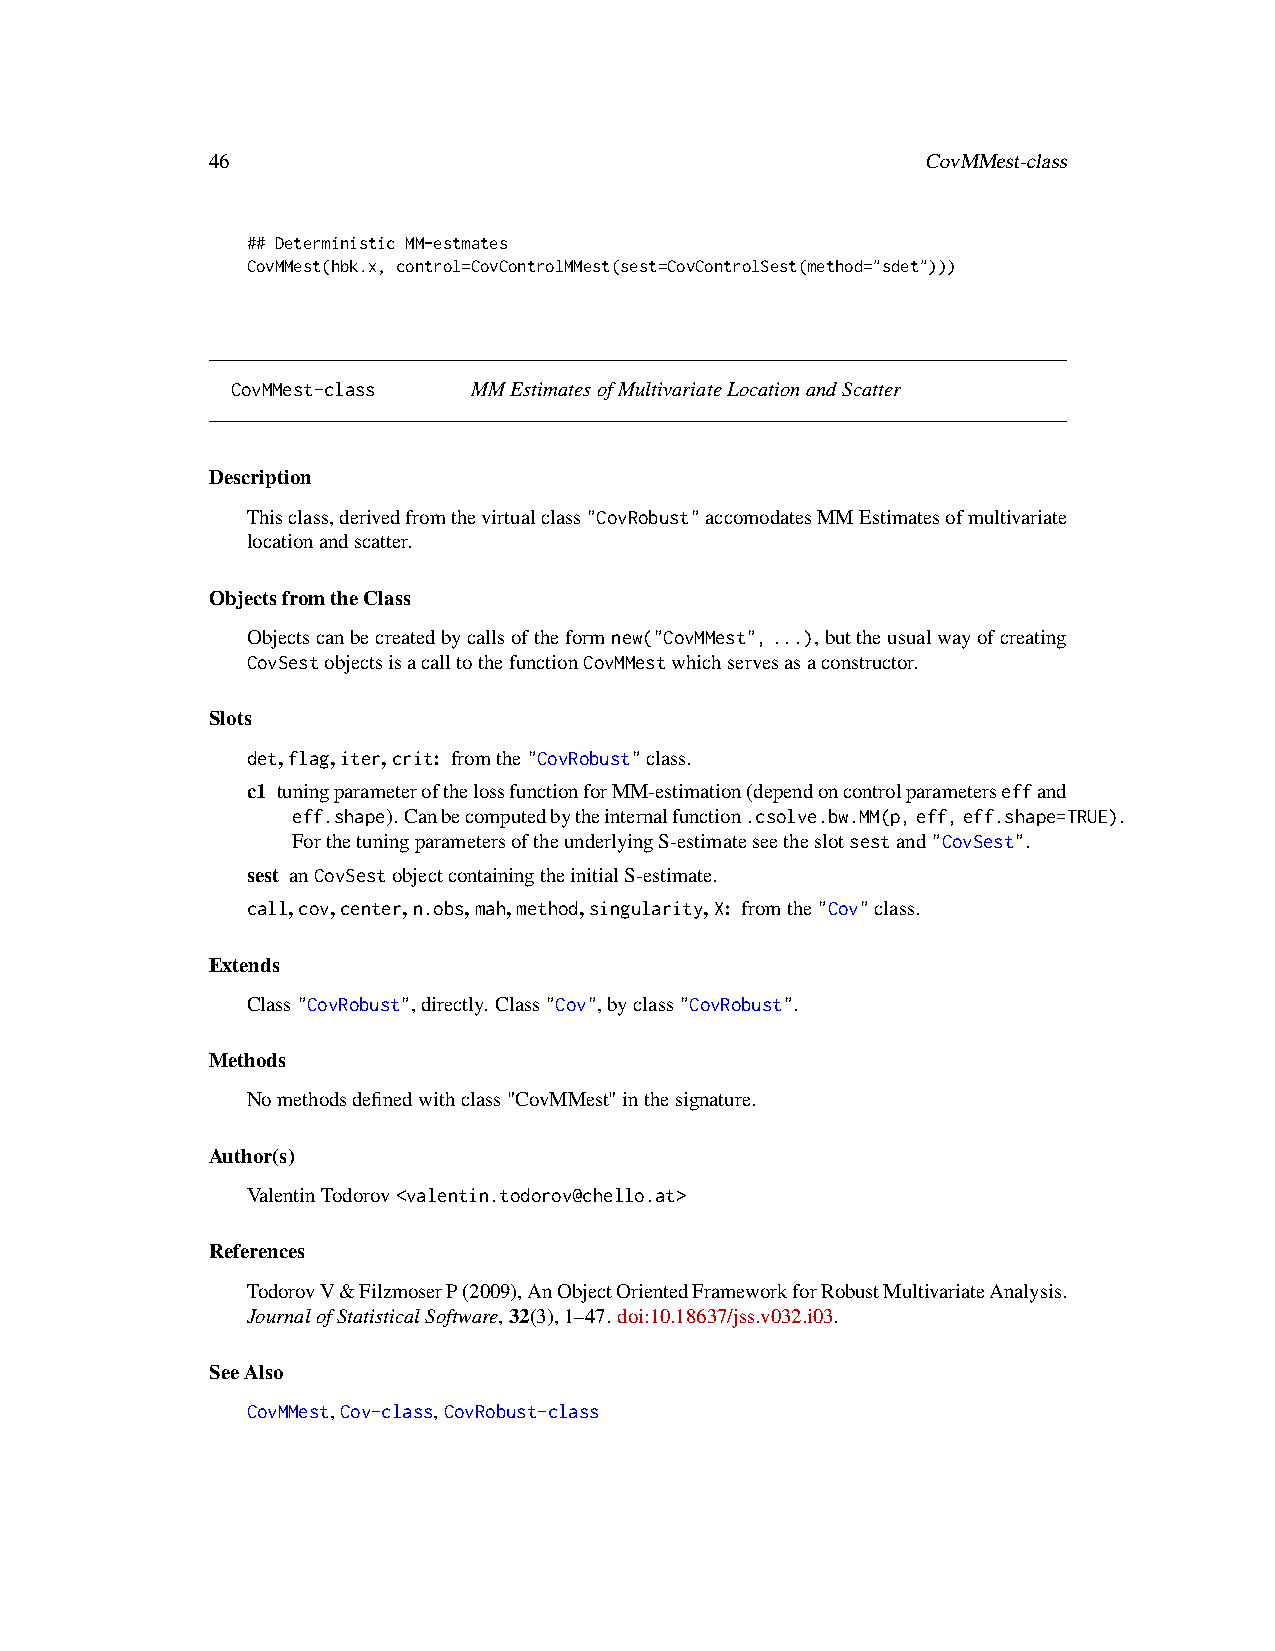
46                                             CovMMest-class
 ## Deterministic MM-estmates
 CovMMest(hbk.x, control=CovControlMMest(sest=CovControlSest(method="sdet")))
 CovMMest-class  MMEstimatesofMultivariateLocationandScatter
 Description
 Thisclass,derivedfromthevirtualclass"CovRobust"accomodatesMMEstimatesofmultivariate
 locationandscatter.
 ObjectsfromtheClass
 Objectscanbecreatedbycallsoftheformnew("CovMMest",...),buttheusualwayofcreating
 CovSestobjectsisacalltothefunctionCovMMestwhichservesasaconstructor.
 Slots
 det,flag,iter,crit: fromthe"CovRobust"class.
 c1 tuningparameterofthelossfunctionforMM-estimation(dependoncontrolparameterseffand
 eff.shape).Canbecomputedbytheinternalfunction.csolve.bw.MM(p,eff,eff.shape=TRUE).
 ForthetuningparametersoftheunderlyingS-estimateseetheslotsestand"CovSest".
 sest anCovSestobjectcontainingtheinitialS-estimate.
 call,cov,center,n.obs,mah,method,singularity,X: fromthe"Cov"class.
 Extends
 Class"CovRobust",directly. Class"Cov",byclass"CovRobust".
 Methods
 Nomethodsdefinedwithclass"CovMMest"inthesignature.
 Author(s)
 ValentinTodorov<valentin.todorov@chello.at>
 References
 TodorovV&FilzmoserP(2009),AnObjectOrientedFrameworkforRobustMultivariateAnalysis.
 JournalofStatisticalSoftware,32(3),1–47. doi:10.18637/jss.v032.i03.
 SeeAlso
 CovMMest,Cov-class,CovRobust-class